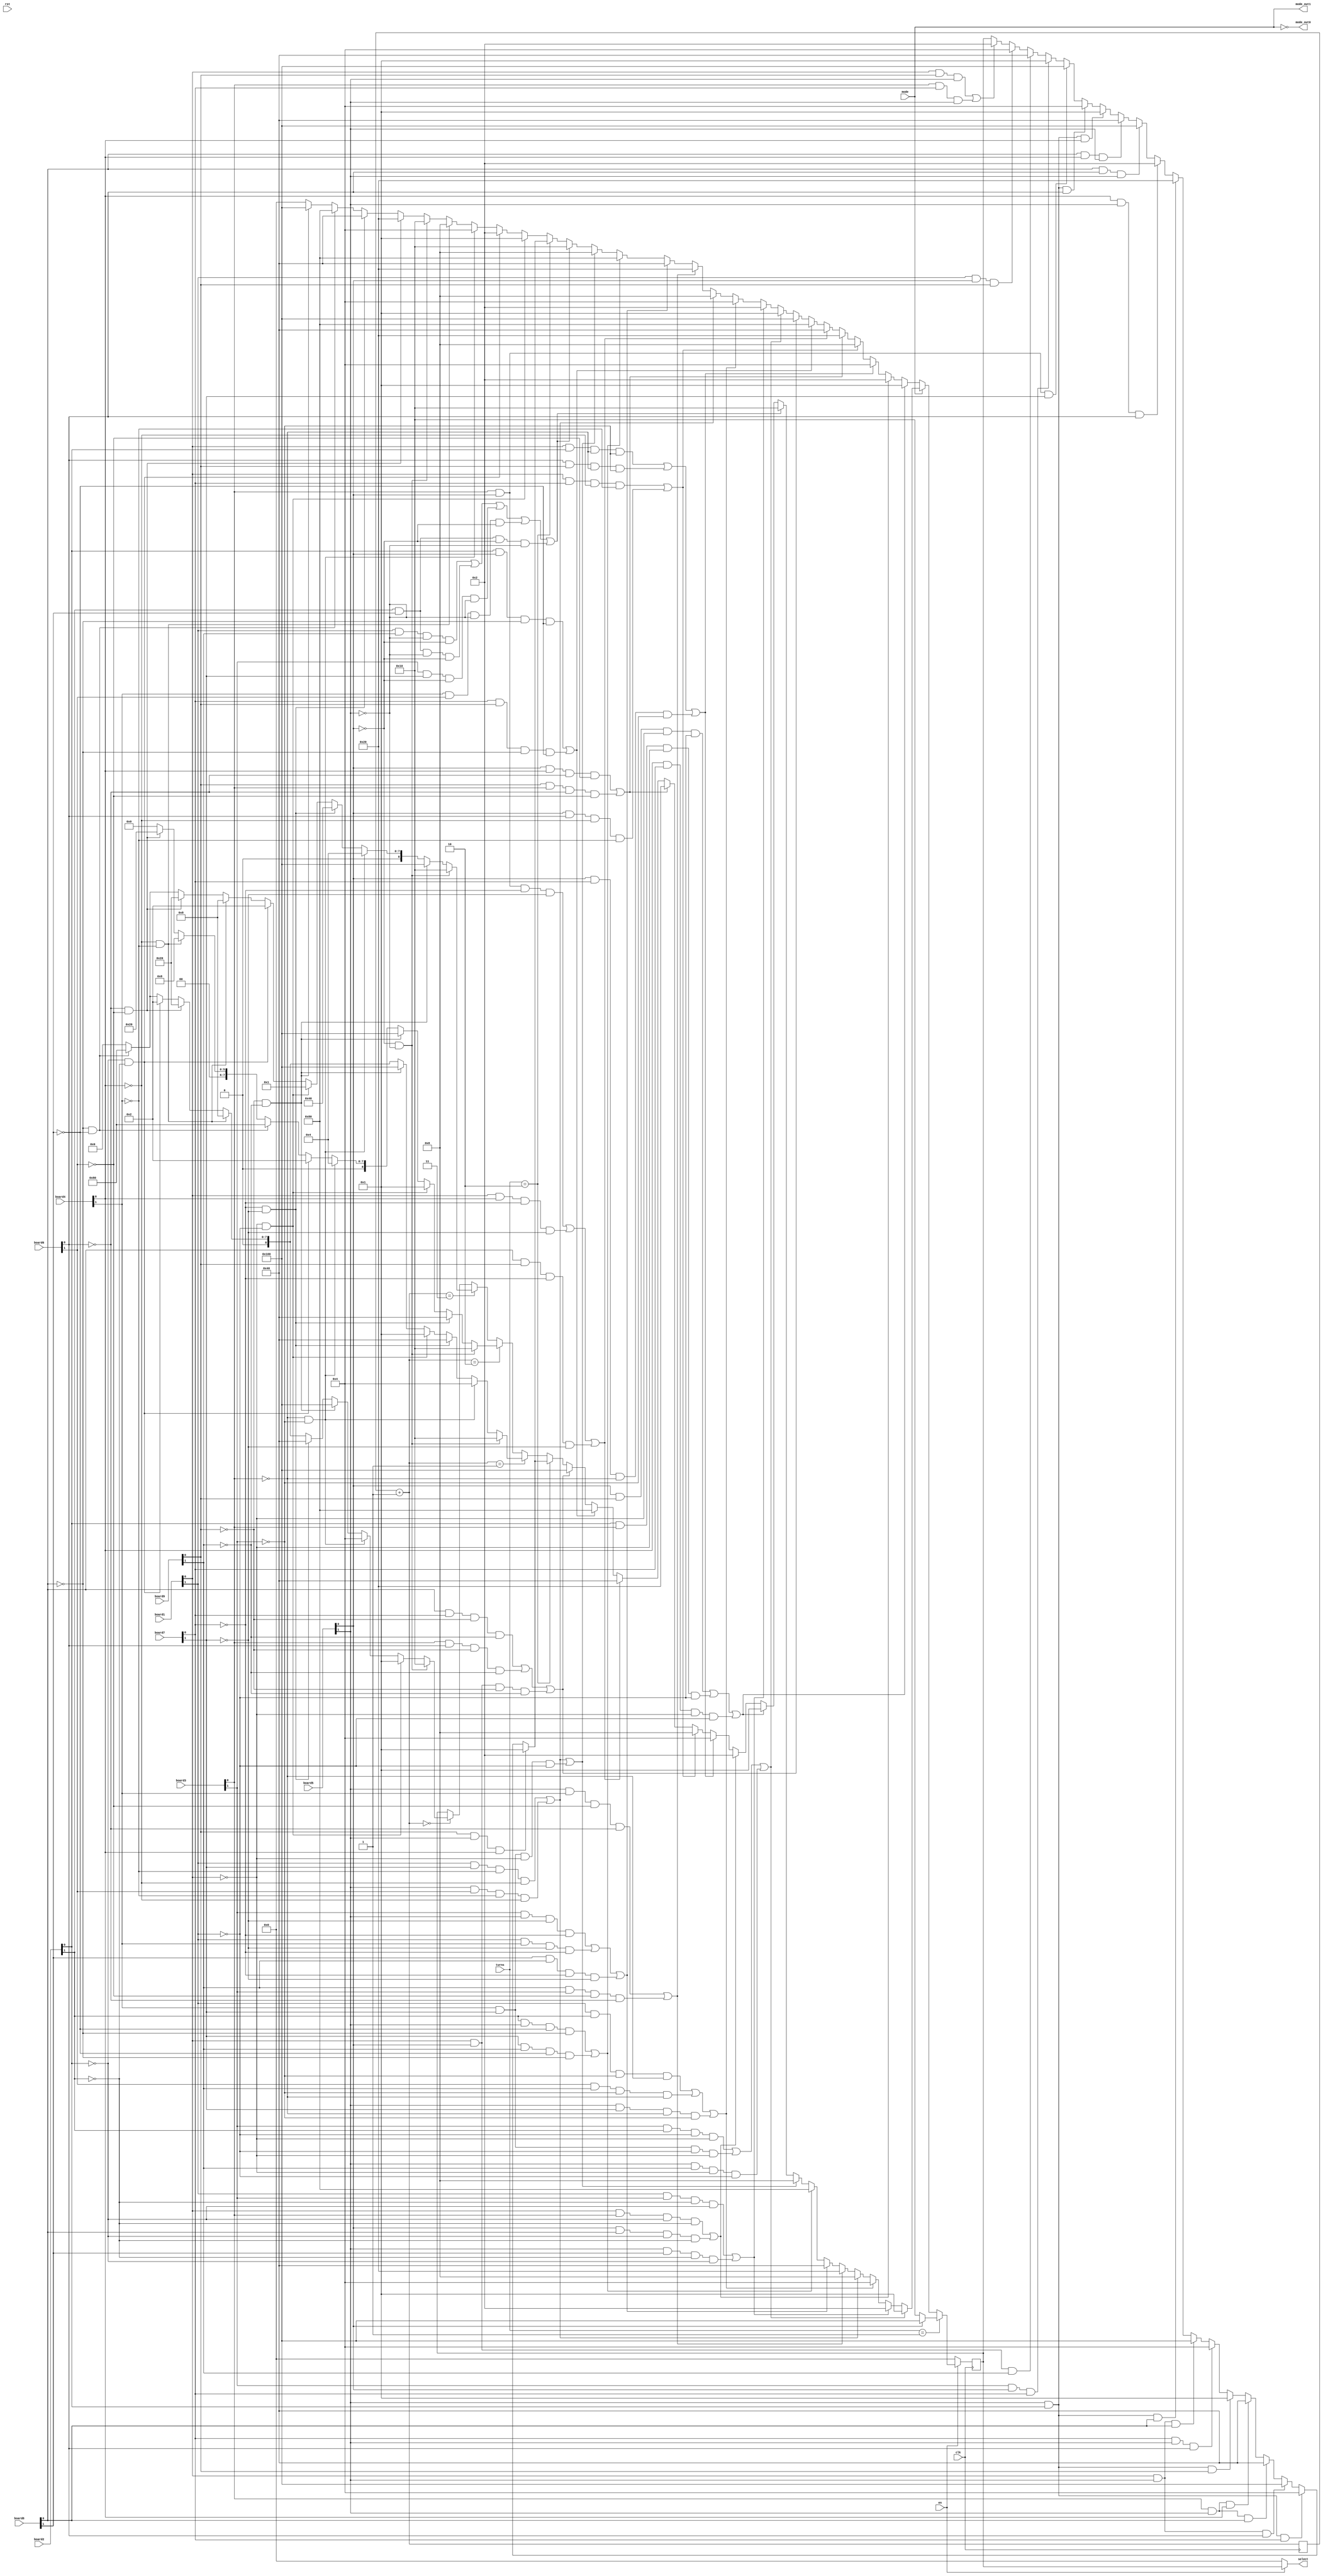
module gameAI(board1,board2,board3,board4,board5,board6,board7,board8,board9,en,select,rst,clk,turns,mode,mode_out1,mode_out0);
input [1:0]board1;
input [1:0]board2;
input [1:0]board3;
input [1:0]board4;
input [1:0]board5;
input [1:0]board6;
input [1:0]board7;
input [1:0]board8;
input [1:0]board9;
input en,rst,clk;
input mode;
input [3:0]turns;
reg [8:0]outans;
output [8:0]select;
output mode_out1,mode_out0;
assign select = en?outans:9'b0_0000_0000;
assign mode_out1=mode;
assign mode_out0=~mode;
reg[1:0] random;

always@(posedge clk)
begin
if(!en)
	begin
	outans={9'b0_0000_0000};
	random=random+1;
	end
else
	begin
		random=random+1;
		if(turns==1)
		begin
			if(board5[0]==1)
			begin
				outans={9'b1_0000_0000};
			end
			else
			begin
				outans={9'b0_0001_0000};
			end
		end
		else 
		begin
			if(mode==1)
				begin
				//winning
				if((board3[1]&&board2[1]&&(~board1[1])&&(~board1[0]))||(board4[1]&&board7[1]&&(~board1[1])&&(~board1[0]))||(board5[1]&&board9[1]&&(~board1[0])&&(~board1[1])))
				begin
					outans={9'b0_0000_0001};
				end
				else if((board1[1]&&board3[1]&&(~board2[1])&&(~board2[0]))||(board5[1]&&board8[1]&&(~board2[1])&&(~board2[0])))
				begin
					outans={9'b0_0000_0010};
				end
				else if((board1[1]&&board2[1]&&(~board3[1])&&(~board3[0]))||(board6[1]&&board9[1]&&(~board3[1])&&(~board3[0]))||(board5[1]&&board7[1]&&(~board3[0])&&(~board3[1])))
				begin
					outans={9'b0_0000_0100};
				end
				else if((board1[1]&&board7[1]&&(~board4[1])&&(~board4[0]))||(board5[1]&&board6[1]&&(~board4[1])&&(~board4[0])))
				begin
					outans={9'b0_0000_1000};
				end
				else if((board5[1]&&board4[1]&&(~board6[1])&&(~board6[0]))||(board9[1]&&board3[1]&&(~board6[1])&&(~board6[0])))
				begin
					outans={9'b0_0010_0000};
				end
				else if((board3[1]&&board5[1]&&(~board7[1])&&(~board7[0]))||(board1[1]&&board4[1]&&(~board7[1])&&(~board7[0]))||(board8[1]&&board9[1]&&(~board7[0])&&(~board7[1])))
				begin
					outans={9'b0_0100_0000};
				end
				else if((board2[1]&&board5[1]&&(~board8[1])&&(~board8[0]))||(board7[1]&&board9[1]&&(~board8[1])&&(~board8[0])))
				begin
					outans={9'b0_1000_0000};
				end
				else if((board1[1]&&board7[1]&&(~board4[1])&&(~board4[0]))||(board5[1]&&board6[1]&&(~board4[1])&&(~board4[0]))||(board4[1]&&board7[1]&&(~board1[0])&&(~board1[1])))
				begin
					outans={9'b0_0000_1000};
				end
				else if((board1[1]&&board9[1]&&(~board5[1])&&(~board5[0]))||(board2[1]&&board8[1]&&(~board5[1])&&(~board5[0]))||(board3[1]&&board7[1]&&(~board5[0])&&(~board5[1]))||(board4[1]&&board6[1]&&(~board5[1])&&(~board5[0]))||(board2[1]&&board8[1]&&(~board5[0])&&(~board5[1])))
				begin
					outans={9'b0_0001_0000};
				end
				//blocking
				else if((board5[0]&&board9[0]&&(~board1[0])&&(~board1[1]))||(board2[0]&&board3[0]&&(~board1[0])&&(~board1[1]))||(board4[0]&&board7[0]&&(~board1[0])&&(~board1[1])))
				begin
					outans={9'b0_0000_0001};
				end
				else if((board1[0]&&board3[0]&&(~board2[0])&&(~board2[1]))||(board5[0]&&board8[0]&&(~board2[0])&&(~board2[1])))
				begin
					outans={9'b0_0000_0010};
				end
				else if((board1[0]&&board2[0]&&(~board3[0])&&(~board3[1]))||(board6[0]&&board9[0]&&(~board3[0])&&(~board3[1]))||(board5[0]&&board7[0]&&(~board3[0])&&(~board3[1])))
				begin
					outans={9'b0_0000_0100};
				end
				else if((board1[0]&&board7[0]&&(~board4[0])&&(~board4[1]))||(board5[0]&&board6[0]&&(~board4[0])&&(~board4[1])))
				begin
					outans={9'b0_0000_1000};
				end
				else if((board5[0]&&board4[0]&&(~board6[0])&&(~board6[1]))||(board9[0]&&board3[0]&&(~board6[0])&&(~board6[1])))
				begin
					outans={9'b0_0010_0000};
				end
				else if((board3[0]&&board5[0]&&(~board7[0])&&(~board7[1]))||(board1[0]&&board4[0]&&(~board7[0])&&(~board7[1]))||(board8[0]&&board9[0]&&(~board7[0])&&(~board7[1])))
				begin
					outans={9'b0_0100_0000};
				end
				else if((board2[0]&&board5[0]&&(~board8[0])&&(~board8[1]))||(board7[0]&&board9[0]&&(~board8[0])&&(~board8[1])))
				begin
					outans={9'b0_1000_0000};
				end
				else if((board8[0]&&board7[0]&&(~board9[0])&&(~board9[1]))||(board3[0]&&board6[0]&&(~board9[0])&&(~board9[1]))||(board1[0]&&board5[0]&&(~board9[0])&&(~board9[1])))
				begin
					outans={9'b1_0000_0000};
				end
				//unwinning
				else if(turns==2)
				begin
				//O _ _
				//_ X _
				//_ _ O
					if((board1[0]&&board9[0]&&board5[1])||(board3[0]&&board7[0]&&board5[1]))
					begin
						outans={9'b0_0000_0010};
					end

				//X _ _
				//_ O _
				//_ _ O
					if((board1[1]&&board5[0]&&board9[0]))
					begin
						outans={9'b0_0000_0100};
					end
					if((board1[0]&&board5[0]&&board9[1]))
					begin
						outans={9'b0_0100_0000};
					end
					if((board3[1]&&board5[0]&&board7[0]))
					begin
						outans={9'b0_0000_0001};
					end
					if((board3[0]&&board5[0]&&board7[1]))
					begin
						outans={9'b1_0000_0000};
					end

				//_ O _
				//_ X O
				//_ _ _
					if(board5[1]&&board2[0]&&board6[0])
					begin
						outans={9'b0_0000_0100};
					end
					if(board5[1]&&board2[0]&&board4[0])
					begin
						outans={9'b0_0000_0001};
					end
					if(board8[0]&&board4[0]&&board5[1])
					begin
						outans={9'b0_0100_0000};
					end
					if(board8[0]&&board6[0]&&board5[1])
					begin
						outans={9'b1_0000_0000};
					end

				//_ O _
				//_ X _
				//_ O _
					if(board4[0]&&board5[1]&&board6[0])
					begin
						outans={9'b0_0000_0010};
					end
					if(board2[0]&&board5[1]&&board8[0])
					begin
						outans={9'b0_0010_0000};
					end
					
				//_ _ O
				//_ X _
				//_ O _
					if(board1[0]&&board5[1]&&board8[0])
					begin
						outans={9'b1_0000_0000};
					end
					if(board7[0]&&board5[1]&&board6[0])
					begin
						outans={9'b0_0000_0100};
					end
					if(board2[0]&&board5[1]&&board9[0])
					begin
						outans={9'b0_0000_0001};
					end
					if(board3[0]&&board5[1]&&board4[0])
					begin
						outans={9'b0_0100_0000};
					end
				//O _ _
				//_ X _
				//_ O _
					if(board3[0]&&board5[1]&&board8[0])
					begin
						outans={9'b0_0100_0000};
					end
					if(board1[0]&&board5[1]&&board6[0])
					begin
						outans={9'b1_0000_0000};
					end
					if(board2[0]&&board5[1]&&board7[0])
					begin
						outans={9'b0_0000_0100};
					end
					if(board9[0]&&board5[1]&&board4[0])
					begin
						outans={9'b0_0000_0001};
					end

				end
				else 
				begin
				if(random==1)
				begin
					if(board5[0]==0&&board5[1]==0)
					begin
						outans={9'b0_0001_0000};
					end
					else if(board3[0]==0&&board3[1]==0)
					begin
						outans={9'b0_0000_0100};
					end
					else if(board7[0]==0&&board7[1]==0)
					begin
						outans={9'b0_0100_0000};
					end
					else if(board1[0]==0&&board1[1]==0)
					begin
						outans={9'b0_0000_0001};
					end
					else if(board9[0]==0&&board9[1]==0)
					begin
						outans={9'b1_0000_0000};
					end
					else if(board4[0]==0&&board4[1]==0)
					begin
						outans={9'b0_0000_1000};
					end
					else if(board6[0]==0&&board6[1]==0)
					begin
						outans={9'b0_0010_0000};
					end
					else if(board2[0]==0&&board2[1]==0)
					begin
						outans={9'b0_0000_0010};
					end
					else if(board8[0]==0&&board8[1]==0)
					begin
						outans={9'b0_1000_0000};
					end
					else
					begin
						outans={9'b0_0000_0000};
					end
				end
				else if(random==2)
				begin
					if(board5[0]==0&&board5[1]==0)
					begin
						outans={9'b0_0001_0000};
					end
					else if(board7[0]==0&&board7[1]==0)
					begin
						outans={9'b0_0100_0000};
					end
					else if(board1[0]==0&&board1[1]==0)
					begin
						outans={9'b0_0000_0001};
					end
					else if(board9[0]==0&&board9[1]==0)
					begin
						outans={9'b1_0000_0000};
					end
					else if(board3[0]==0&&board3[1]==0)
					begin
						outans={9'b0_0000_0100};
					end
					else if(board2[0]==0&&board2[1]==0)
					begin
						outans={9'b0_0000_0010};
					end
					
					else if(board8[0]==0&&board8[1]==0)
					begin
						outans={9'b0_1000_0000};
					end
					else if(board4[0]==0&&board4[1]==0)
					begin
						outans={9'b0_0000_1000};
					end
					else if(board6[0]==0&&board6[1]==0)
					begin
						outans={9'b0_0010_0000};
					end
					
					else
					begin
						outans={9'b0_0000_0000};
					end
				end
				else if(random==3)
				begin
					if(board5[0]==0&&board5[1]==0)
					begin
						outans={9'b0_0001_0000};
					end
					else if(board9[0]==0&&board9[1]==0)
					begin
						outans={9'b1_0000_0000};
					end
					else if(board3[0]==0&&board3[1]==0)
					begin
						outans={9'b0_0000_0100};
					end
					else if(board7[0]==0&&board7[1]==0)
					begin
						outans={9'b0_0100_0000};
					end
					else if(board1[0]==0&&board1[1]==0)
					begin
						outans={9'b0_0000_0001};
					end
					else if(board2[0]==0&&board2[1]==0)
					begin
						outans={9'b0_0000_0010};
					end
					
					else if(board4[0]==0&&board4[1]==0)
					begin
						outans={9'b0_0000_1000};
					end
					else if(board6[0]==0&&board6[1]==0)
					begin
						outans={9'b0_0010_0000};
					end
					
					else if(board8[0]==0&&board8[1]==0)
					begin
						outans={9'b0_1000_0000};
					end
					
					else
					begin
						outans={9'b0_0000_0000};
					end
				end
				else if(random==0)
				begin
					if(board5[0]==0&&board5[1]==0)
					begin
						outans={9'b0_0001_0000};
					end
					else if(board1[0]==0&&board1[1]==0)
					begin
						outans={9'b0_0000_0001};
					end
					
					else if(board3[0]==0&&board3[1]==0)
					begin
						outans={9'b0_0000_0100};
					end
					else if(board9[0]==0&&board9[1]==0)
					begin
						outans={9'b1_0000_0000};
					end
					else if(board7[0]==0&&board7[1]==0)
					begin
						outans={9'b0_0100_0000};
					end
					else if(board4[0]==0&&board4[1]==0)
					begin
						outans={9'b0_0000_1000};
					end
					else if(board6[0]==0&&board6[1]==0)
					begin
						outans={9'b0_0010_0000};
					end
					else if(board2[0]==0&&board2[1]==0)
					begin
						outans={9'b0_0000_0010};
					end
					
					else if(board8[0]==0&&board8[1]==0)
					begin
						outans={9'b0_1000_0000};
					end
					
					else
					begin
						outans={9'b0_0000_0000};
					end
				end
			end
			end
			else if(mode==0)
			begin
				//blocking
				if((board5[0]&&board9[0]&&(~board1[0])&&(~board1[1]))||(board2[0]&&board3[0]&&(~board1[0])&&(~board1[1]))||(board4[0]&&board7[0]&&(~board1[0])&&(~board1[1])))
				begin
					outans={9'b0_0000_0001};
				end
				else if((board1[0]&&board3[0]&&(~board2[0])&&(~board2[1]))||(board5[0]&&board8[0]&&(~board2[0])&&(~board2[1])))
				begin
					outans={9'b0_0000_0010};
				end
				else if((board1[0]&&board2[0]&&(~board3[0])&&(~board3[1]))||(board6[0]&&board9[0]&&(~board3[0])&&(~board3[1]))||(board5[0]&&board7[0]&&(~board3[0])&&(~board3[1])))
				begin
					outans={9'b0_0000_0100};
				end
				else if((board1[0]&&board7[0]&&(~board4[0])&&(~board4[1]))||(board5[0]&&board6[0]&&(~board4[0])&&(~board4[1])))
				begin
					outans={9'b0_0000_1000};
				end
				else if((board5[0]&&board4[0]&&(~board6[0])&&(~board6[1]))||(board9[0]&&board3[0]&&(~board6[0])&&(~board6[1])))
				begin
					outans={9'b0_0010_0000};
				end
				else if((board3[0]&&board5[0]&&(~board7[0])&&(~board7[1]))||(board1[0]&&board4[0]&&(~board7[0])&&(~board7[1]))||(board8[0]&&board9[0]&&(~board7[0])&&(~board7[1])))
				begin
					outans={9'b0_0100_0000};
				end
				else if((board2[0]&&board5[0]&&(~board8[0])&&(~board8[1]))||(board7[0]&&board9[0]&&(~board8[0])&&(~board8[1])))
				begin
					outans={9'b0_1000_0000};
				end
				else if((board8[0]&&board7[0]&&(~board9[0])&&(~board9[1]))||(board3[0]&&board6[0]&&(~board9[0])&&(~board9[1]))||(board1[0]&&board5[0]&&(~board9[0])&&(~board9[1])))
				begin
					outans={9'b1_0000_0000};
				end
				
				//winning
				else if((board3[1]&&board2[1]&&(~board1[1])&&(~board1[0]))||(board4[1]&&board7[1]&&(~board1[1])&&(~board1[0]))||(board5[1]&&board9[1]&&(~board1[0])&&(~board1[1])))
				begin
					outans={9'b0_0000_0001};
				end
				else if((board1[1]&&board3[1]&&(~board2[1])&&(~board2[0]))||(board5[1]&&board8[1]&&(~board2[1])&&(~board2[0])))
				begin
					outans={9'b0_0000_0010};
				end
				else if((board1[1]&&board2[1]&&(~board3[1])&&(~board3[0]))||(board6[1]&&board9[1]&&(~board3[1])&&(~board3[0]))||(board5[1]&&board7[1]&&(~board3[0])&&(~board3[1])))
				begin
					outans={9'b0_0000_0100};
				end
				else if((board1[1]&&board7[1]&&(~board4[1])&&(~board4[0]))||(board5[1]&&board6[1]&&(~board4[1])&&(~board4[0])))
				begin
					outans={9'b0_0000_1000};
				end
				else if((board5[1]&&board4[1]&&(~board6[1])&&(~board6[0]))||(board9[1]&&board3[1]&&(~board6[1])&&(~board6[0])))
				begin
					outans={9'b0_0010_0000};
				end
				else if((board3[1]&&board5[1]&&(~board7[1])&&(~board7[0]))||(board1[1]&&board4[1]&&(~board7[1])&&(~board7[0]))||(board8[1]&&board9[1]&&(~board7[0])&&(~board7[1])))
				begin
					outans={9'b0_0100_0000};
				end
				else if((board2[1]&&board5[1]&&(~board8[1])&&(~board8[0]))||(board7[1]&&board9[1]&&(~board8[1])&&(~board8[0])))
				begin
					outans={9'b0_1000_0000};
				end
				else if((board1[1]&&board7[1]&&(~board4[1])&&(~board4[0]))||(board5[1]&&board6[1]&&(~board4[1])&&(~board4[0]))||(board4[1]&&board7[1]&&(~board1[0])&&(~board1[1])))
				begin
					outans={9'b0_0000_1000};
				end
				else if((board1[1]&&board9[1]&&(~board5[1])&&(~board5[0]))||(board2[1]&&board8[1]&&(~board5[1])&&(~board5[0]))||(board3[1]&&board7[1]&&(~board5[0])&&(~board5[1]))||(board4[1]&&board6[1]&&(~board5[1])&&(~board5[0]))||(board2[1]&&board8[1]&&(~board5[0])&&(~board5[1])))
				begin
					outans={9'b0_0001_0000};
				end
				//unwinning
				else if(turns==2)
				begin
				//O _ _
				//_ X _
				//_ _ O
					if((board1[0]&&board9[0]&&board5[1])||(board3[0]&&board7[0]&&board5[1]))
					begin
						outans={9'b0_0000_0010};
					end

				//X _ _
				//_ O _
				//_ _ O
					if((board1[1]&&board5[0]&&board9[0]))
					begin
						outans={9'b0_0000_0100};
					end
					if((board1[0]&&board5[0]&&board9[1]))
					begin
						outans={9'b0_0100_0000};
					end
					if((board3[1]&&board5[0]&&board7[0]))
					begin
						outans={9'b0_0000_0001};
					end
					if((board3[0]&&board5[0]&&board7[1]))
					begin
						outans={9'b1_0000_0000};
					end

				//_ O _
				//_ X O
				//_ _ _
					if(board5[1]&&board2[0]&&board6[0])
					begin
						outans={9'b0_0000_0100};
					end
					if(board5[1]&&board2[0]&&board4[0])
					begin
						outans={9'b0_0000_0001};
					end
					if(board8[0]&&board4[0]&&board5[1])
					begin
						outans={9'b0_0100_0000};
					end
					if(board8[0]&&board6[0]&&board5[1])
					begin
						outans={9'b1_0000_0000};
					end

				//_ O _
				//_ X _
				//_ O _
					if(board4[0]&&board5[1]&&board6[0])
					begin
						outans={9'b0_0000_0010};
					end
					if(board2[0]&&board5[1]&&board8[0])
					begin
						outans={9'b0_0010_0000};
					end
					
				//_ _ O
				//_ X _
				//_ O _
					if(board1[0]&&board5[1]&&board8[0])
					begin
						outans={9'b1_0000_0000};
					end
					if(board7[0]&&board5[1]&&board6[0])
					begin
						outans={9'b0_0000_0100};
					end
					if(board2[0]&&board5[1]&&board9[0])
					begin
						outans={9'b0_0000_0001};
					end
					if(board3[0]&&board5[1]&&board4[0])
					begin
						outans={9'b0_0100_0000};
					end
				//O _ _
				//_ X _
				//_ O _
					if(board3[0]&&board5[1]&&board8[0])
					begin
						outans={9'b0_0100_0000};
					end
					if(board1[0]&&board5[1]&&board6[0])
					begin
						outans={9'b1_0000_0000};
					end
					if(board2[0]&&board5[1]&&board7[0])
					begin
						outans={9'b0_0000_0100};
					end
					if(board9[0]&&board5[1]&&board4[0])
					begin
						outans={9'b0_0000_0001};
					end

				end
				else 
				begin
					if(board1[0]==0&&board1[1]==0)
					begin
						outans={9'b0_0000_0001};
					end
					else if(board2[0]==0&&board2[1]==0)
					begin
						outans={9'b0_0000_0010};
					end
					else if(board3[0]==0&&board3[1]==0)
					begin
						outans={9'b0_0000_0100};
					end
					else if(board4[0]==0&&board4[1]==0)
					begin
						outans={9'b0_0000_1000};
					end
					else if(board5[0]==0&&board5[1]==0)
					begin
						outans={9'b0_0001_0000};
					end
					else if(board6[0]==0&&board6[1]==0)
					begin
						outans={9'b0_0010_0000};
					end
					else if(board7[0]==0&&board7[1]==0)
					begin
						outans={9'b0_0100_0000};
					end
					else if(board8[0]==0&&board8[1]==0)
					begin
						outans={9'b0_1000_0000};
					end
					else if(board9[0]==0&&board9[1]==0)
					begin
						outans={9'b1_0000_0000};
					end
					else
					begin
						outans={9'b0_0000_0000};
					end
				end
			end
		end
	end
end
endmodule